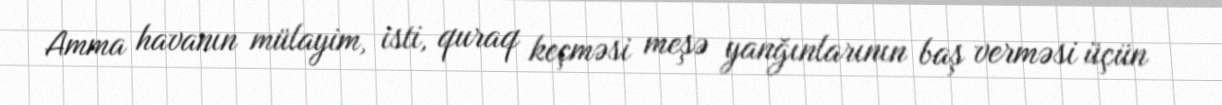
Amma havanın mülayim, isti, quraq keçməsi meşə yanğınlarının baş verməsi üçün